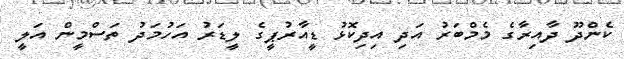
ކެންދޫ ދާއިރާގެ މެމްބަރު އަދި އިދިކޮޅު ޑީއާރުޕީގެ ލީޑަރު އަހުމަދު ތަސްމީން އަލީ